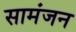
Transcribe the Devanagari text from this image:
सामंजन